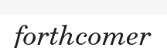
forthcomer